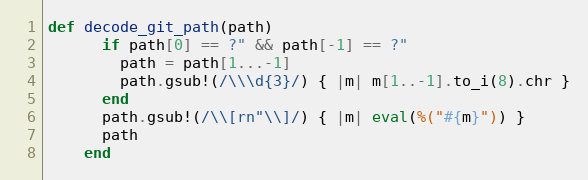
Language: Ruby
def decode_git_path(path)
      if path[0] == ?" && path[-1] == ?"
        path = path[1...-1]
        path.gsub!(/\\\d{3}/) { |m| m[1..-1].to_i(8).chr }
      end
      path.gsub!(/\\[rn"\\]/) { |m| eval(%("#{m}")) }
      path
    end